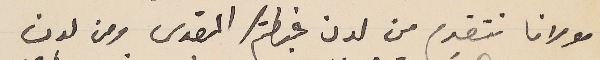
مولانا نتقدم من لدن غبطتكم المقدس ومن لدن